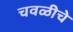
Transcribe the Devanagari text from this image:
चवळीचे